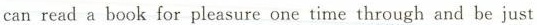
can read a book for pleasure one time through and be just